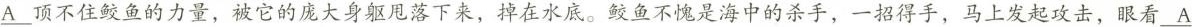
A顶不住鲛鱼的力量，被它的庞大身躯甩落下来，掉在水底。鲛鱼不愧是海中的杀手，一招得手，马上发起攻击，眼看\underline{A}